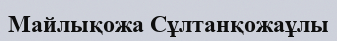
Майлықожа Сұлтанқожаұлы